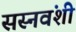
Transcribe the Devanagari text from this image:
सस्नवंशी